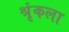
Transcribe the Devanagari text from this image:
श्रृंकला